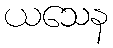
ယသေန